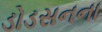
ડોડસનના